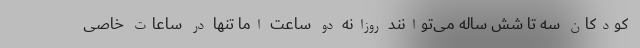
کودکان سه تا شش ساله می‌توانند روزانه دو ساعت اما تنها در ساعات خاصی